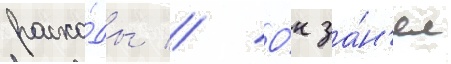
расхо́ды // О́н за́н'ял